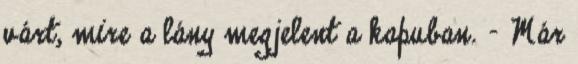
várt, mire a lány megjelent a kapuban. - Már